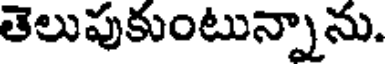
తెలుపుకుంటున్నాను.